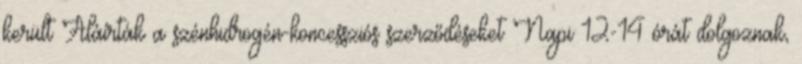
került Aláírták a szénhidrogén-koncessziós szerződéseket Napi 12-14 órát dolgoznak,